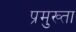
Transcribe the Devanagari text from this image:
प्रमुख्ता